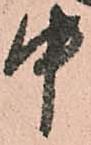
中